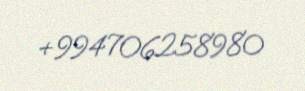
+994706258980